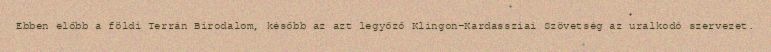
Ebben előbb a földi Terrán Birodalom, később az azt legyőző Klingon-Kardassziai Szövetség az uralkodó szervezet.